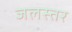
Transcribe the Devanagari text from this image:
जलस्‍तर